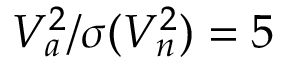
V _ { a } ^ { 2 } / \sigma ( V _ { n } ^ { 2 } ) = 5